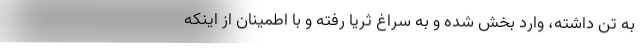
به تن داشته، وارد بخش شده و به سراغ ثریا رفته و با اطمینان از اینکه